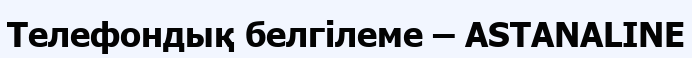
Телефондық белгілеме – ASTANALINE